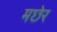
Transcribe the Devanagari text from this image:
मछेर